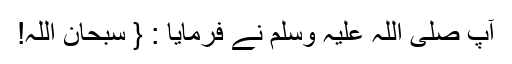
آپ صلی اللہ علیہ وسلم نے فرمایا : { سبحان اللہ!